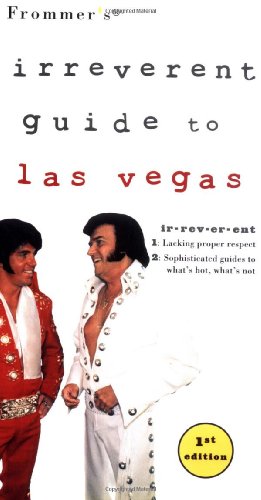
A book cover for Frommer's Irreverent Guide to Las Vegas; Jordan Simon; Travel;